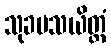
သုခမသယိတ္ထံ